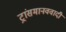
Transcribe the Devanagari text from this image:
ट्रांसमानववादी